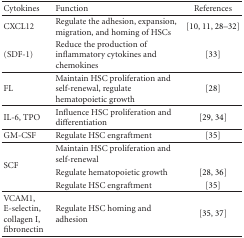
<table><thead><tr><td><b>Cytokines</b></td><td><b>Function</b></td><td><b>References</b></td></tr></thead><tbody><tr><td>CXCL12</td><td>Regulate the adhesion, expansion, migration, and homing of HSCs</td><td>[10, 11, 28–32]</td></tr><tr><td>(SDF-1)</td><td>Reduce the production of inflammatory cytokines and chemokines</td><td>[33]</td></tr><tr><td>FL</td><td>Maintain HSC proliferation and self-renewal, regulate hematopoietic growth</td><td>[28]</td></tr><tr><td>IL-6, TPO</td><td>Influence HSC proliferation and differentiation</td><td>[29, 34] </td></tr><tr><td>GM-CSF</td><td>Regulate HSC engraftment</td><td>[35] </td></tr><tr><td rowspan="3">SCF</td><td>Maintain HSC proliferation and self-renewal</td><td></td></tr><tr><td>Regulate hematopoietic growth</td><td>[28, 36]</td></tr><tr><td>Regulate HSC engraftment</td><td>[35] </td></tr><tr><td>VCAM1, E-selectin, collagen I, fibronectin</td><td>Regulate HSC homing and adhesion</td><td>[35, 37]</td></tr></tbody></table>